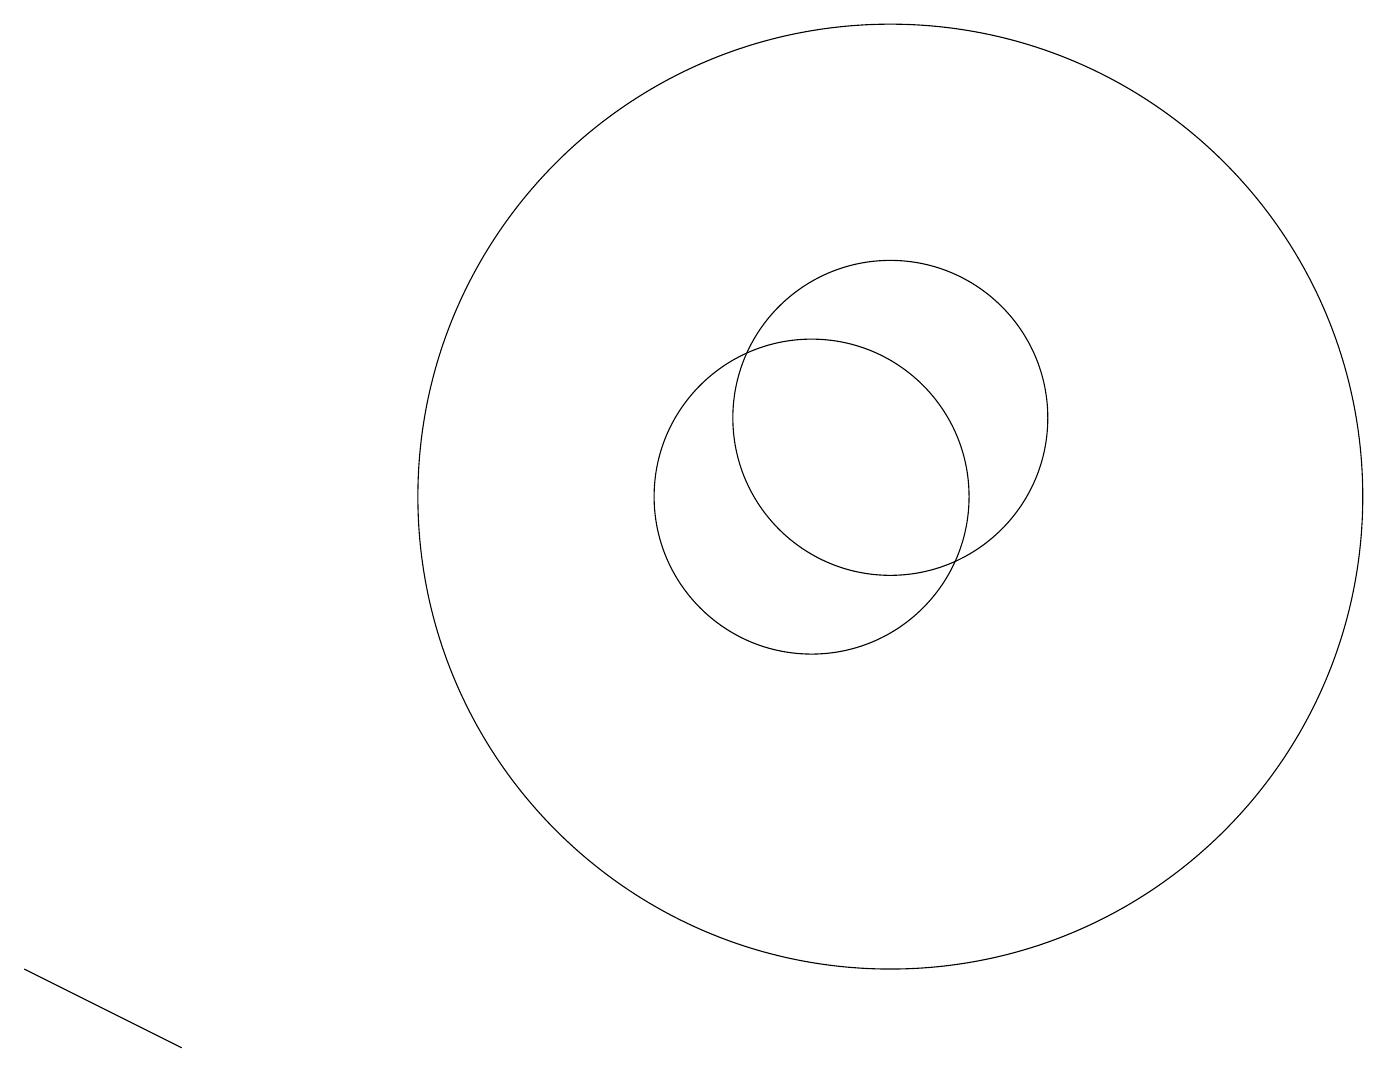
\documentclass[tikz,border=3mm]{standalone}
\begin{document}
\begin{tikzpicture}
\draw (10,10) circle (2);
\draw (11,10) circle (6);
\draw (11,11) circle (2);
\draw (2,3) -- (0,4) -- (2,3) -- cycle;
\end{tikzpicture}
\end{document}